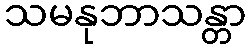
သမနုဘာသန္တာ